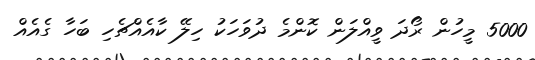
5000 މީހުން ރޯދަ ވީއްލަން ކޮންމެ ދުވަހަކު ހިލޭ ކާއެއްޗެހި ބަހާ ގެއެއް